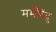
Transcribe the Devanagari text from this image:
मर्मबिंदु